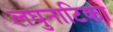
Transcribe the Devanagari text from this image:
लघुनाटिका